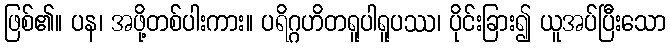
ဖြစ်၏။ ပန၊ အဖို့တစ်ပါးကား။ ပရိဂ္ဂဟိတရူပါရူပဿ၊ ပိုင်းခြား၍ ယူအပ်ပြီးသော